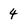
Character: 4